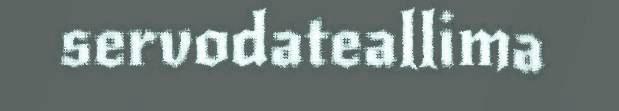
servodateallima